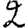
Digit: 2